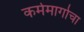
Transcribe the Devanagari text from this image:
कर्ममार्गाचा